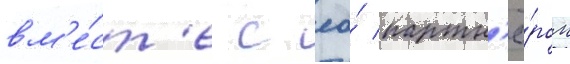
вм'е́ст'е с ео́ партн'ё́ром